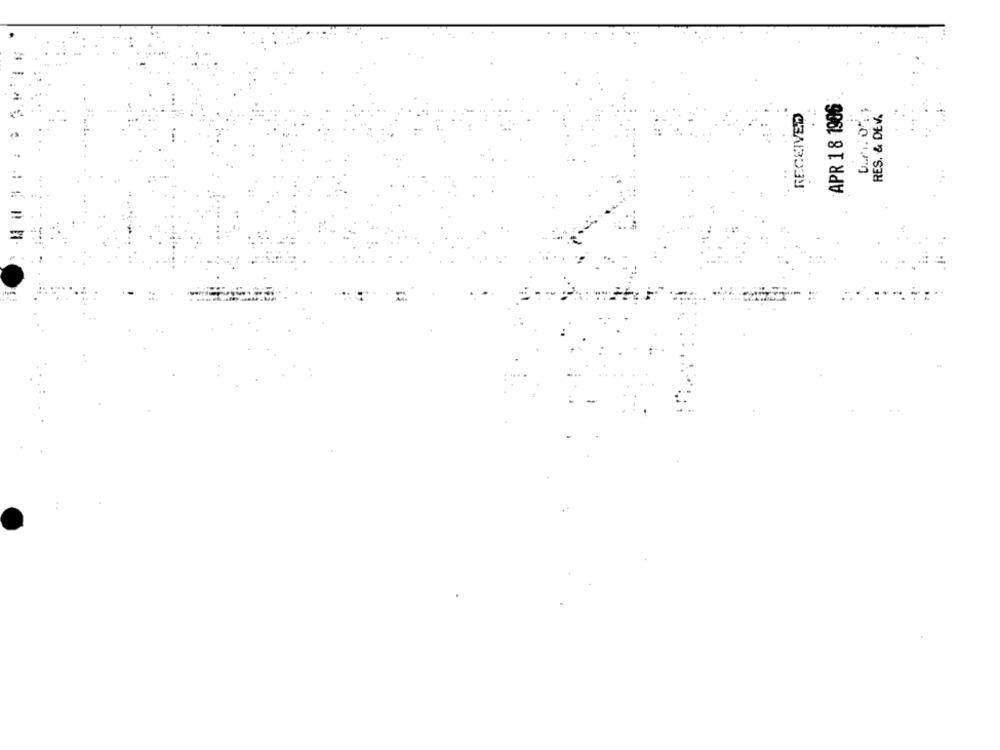
APR 18 1906
RES. & DEV.
..